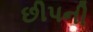
છીપની